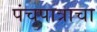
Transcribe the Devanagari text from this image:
पंचपात्राचा